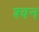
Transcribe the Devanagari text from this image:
श्वन